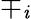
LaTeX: \mp_{\mathit{i}}